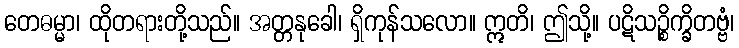
တေဓမ္မာ၊ ထိုတရားတို့သည်။ အတ္တနုခေါ၊ ရှိကုန်သလော။ ဣတိ၊ ဤသို့။ ပဋိသဉ္စိက္ခိတဗ္ဗံ၊